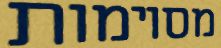
מסוימות